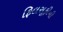
ફિલસૂફીની